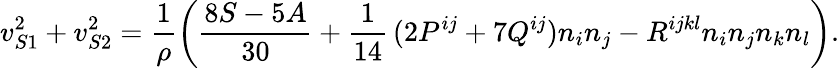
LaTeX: v_{S1}^{2}+v_{S2}^{2}=\frac 1{\rho}\left(\frac{8S-5A}{30}+\frac 1{14}\, (2P^{ij}+7Q^{ij})n_{i}n_{j}-R^{ijkl}n_{i}n_{j}n_{k}n_{l}\right).